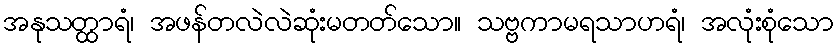
အနုသတ္ထာရံ၊ အဖန်တလဲလဲဆုံးမတတ်သော။ သဗ္ဗကာမရသာဟရံ၊ အလုံးစုံသော